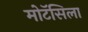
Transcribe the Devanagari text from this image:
मोटॅसिला